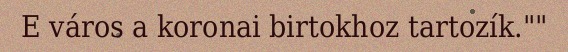
E város a koronai birtokhoz tartozík.""